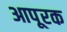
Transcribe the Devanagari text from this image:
आपूरक